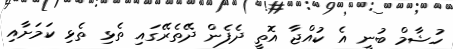
ހުޝާމް ބުނީ އެ ކުއްޖާ އޮތީ ދެފެން ދޭތެރޭގައި ތެޅި ތެޅި ކަމަށާއި